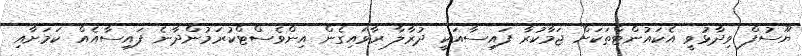
ޔޫސުފް ވިދާޅުވީ އެކައުންޓްތަކަށް ޖަމާކުރާ ފައިސާއަކީ ދުރާލާ ރާވައިގެން އިންވެސްޓްކުރަމުންދާނެ ފައިސާއެއް ކަމަށާއި